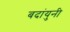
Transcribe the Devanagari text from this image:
बदांयुनी